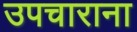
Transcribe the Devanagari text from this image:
उपचाराना